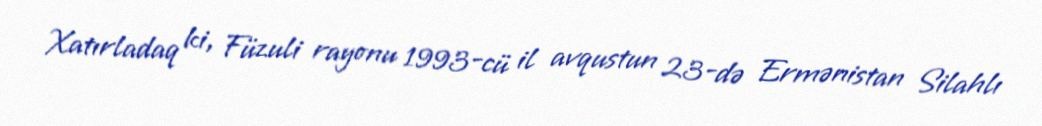
Xatırladaq ki, Füzuli rayonu 1993-cü il avqustun 23-də Ermənistan Silahlı